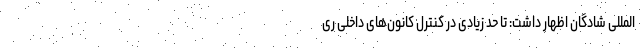
المللی شادگان اظهار داشت: تا حد زیادی در کنترل کانون‌های داخلی ری